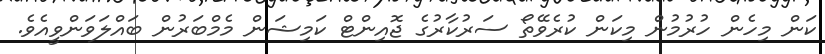
ކަން މިހެން ހުރުމުން މިކަން ކުރެވޭތޯ ސަރުކާރުގެ ޖޮއިންޓް ކަމިޝަން މެމްބަރުން ބައްލަވަންވީއެވެ.